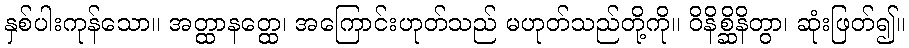
နှစ်ပါးကုန်သော။ အတ္ထာနတ္ထေ၊ အကြောင်းဟုတ်သည် မဟုတ်သည်တို့ကို။ ဝိနိစ္ဆိနိတွာ၊ ဆုံးဖြတ်၍။